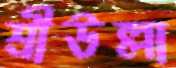
শ্রীউল্লা